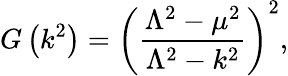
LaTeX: G\left(k^{2}\right)=\left(\frac{\Lambda^{2}-\mu^{2}}{\Lambda^{2}-k^{2}}\right)^{2},